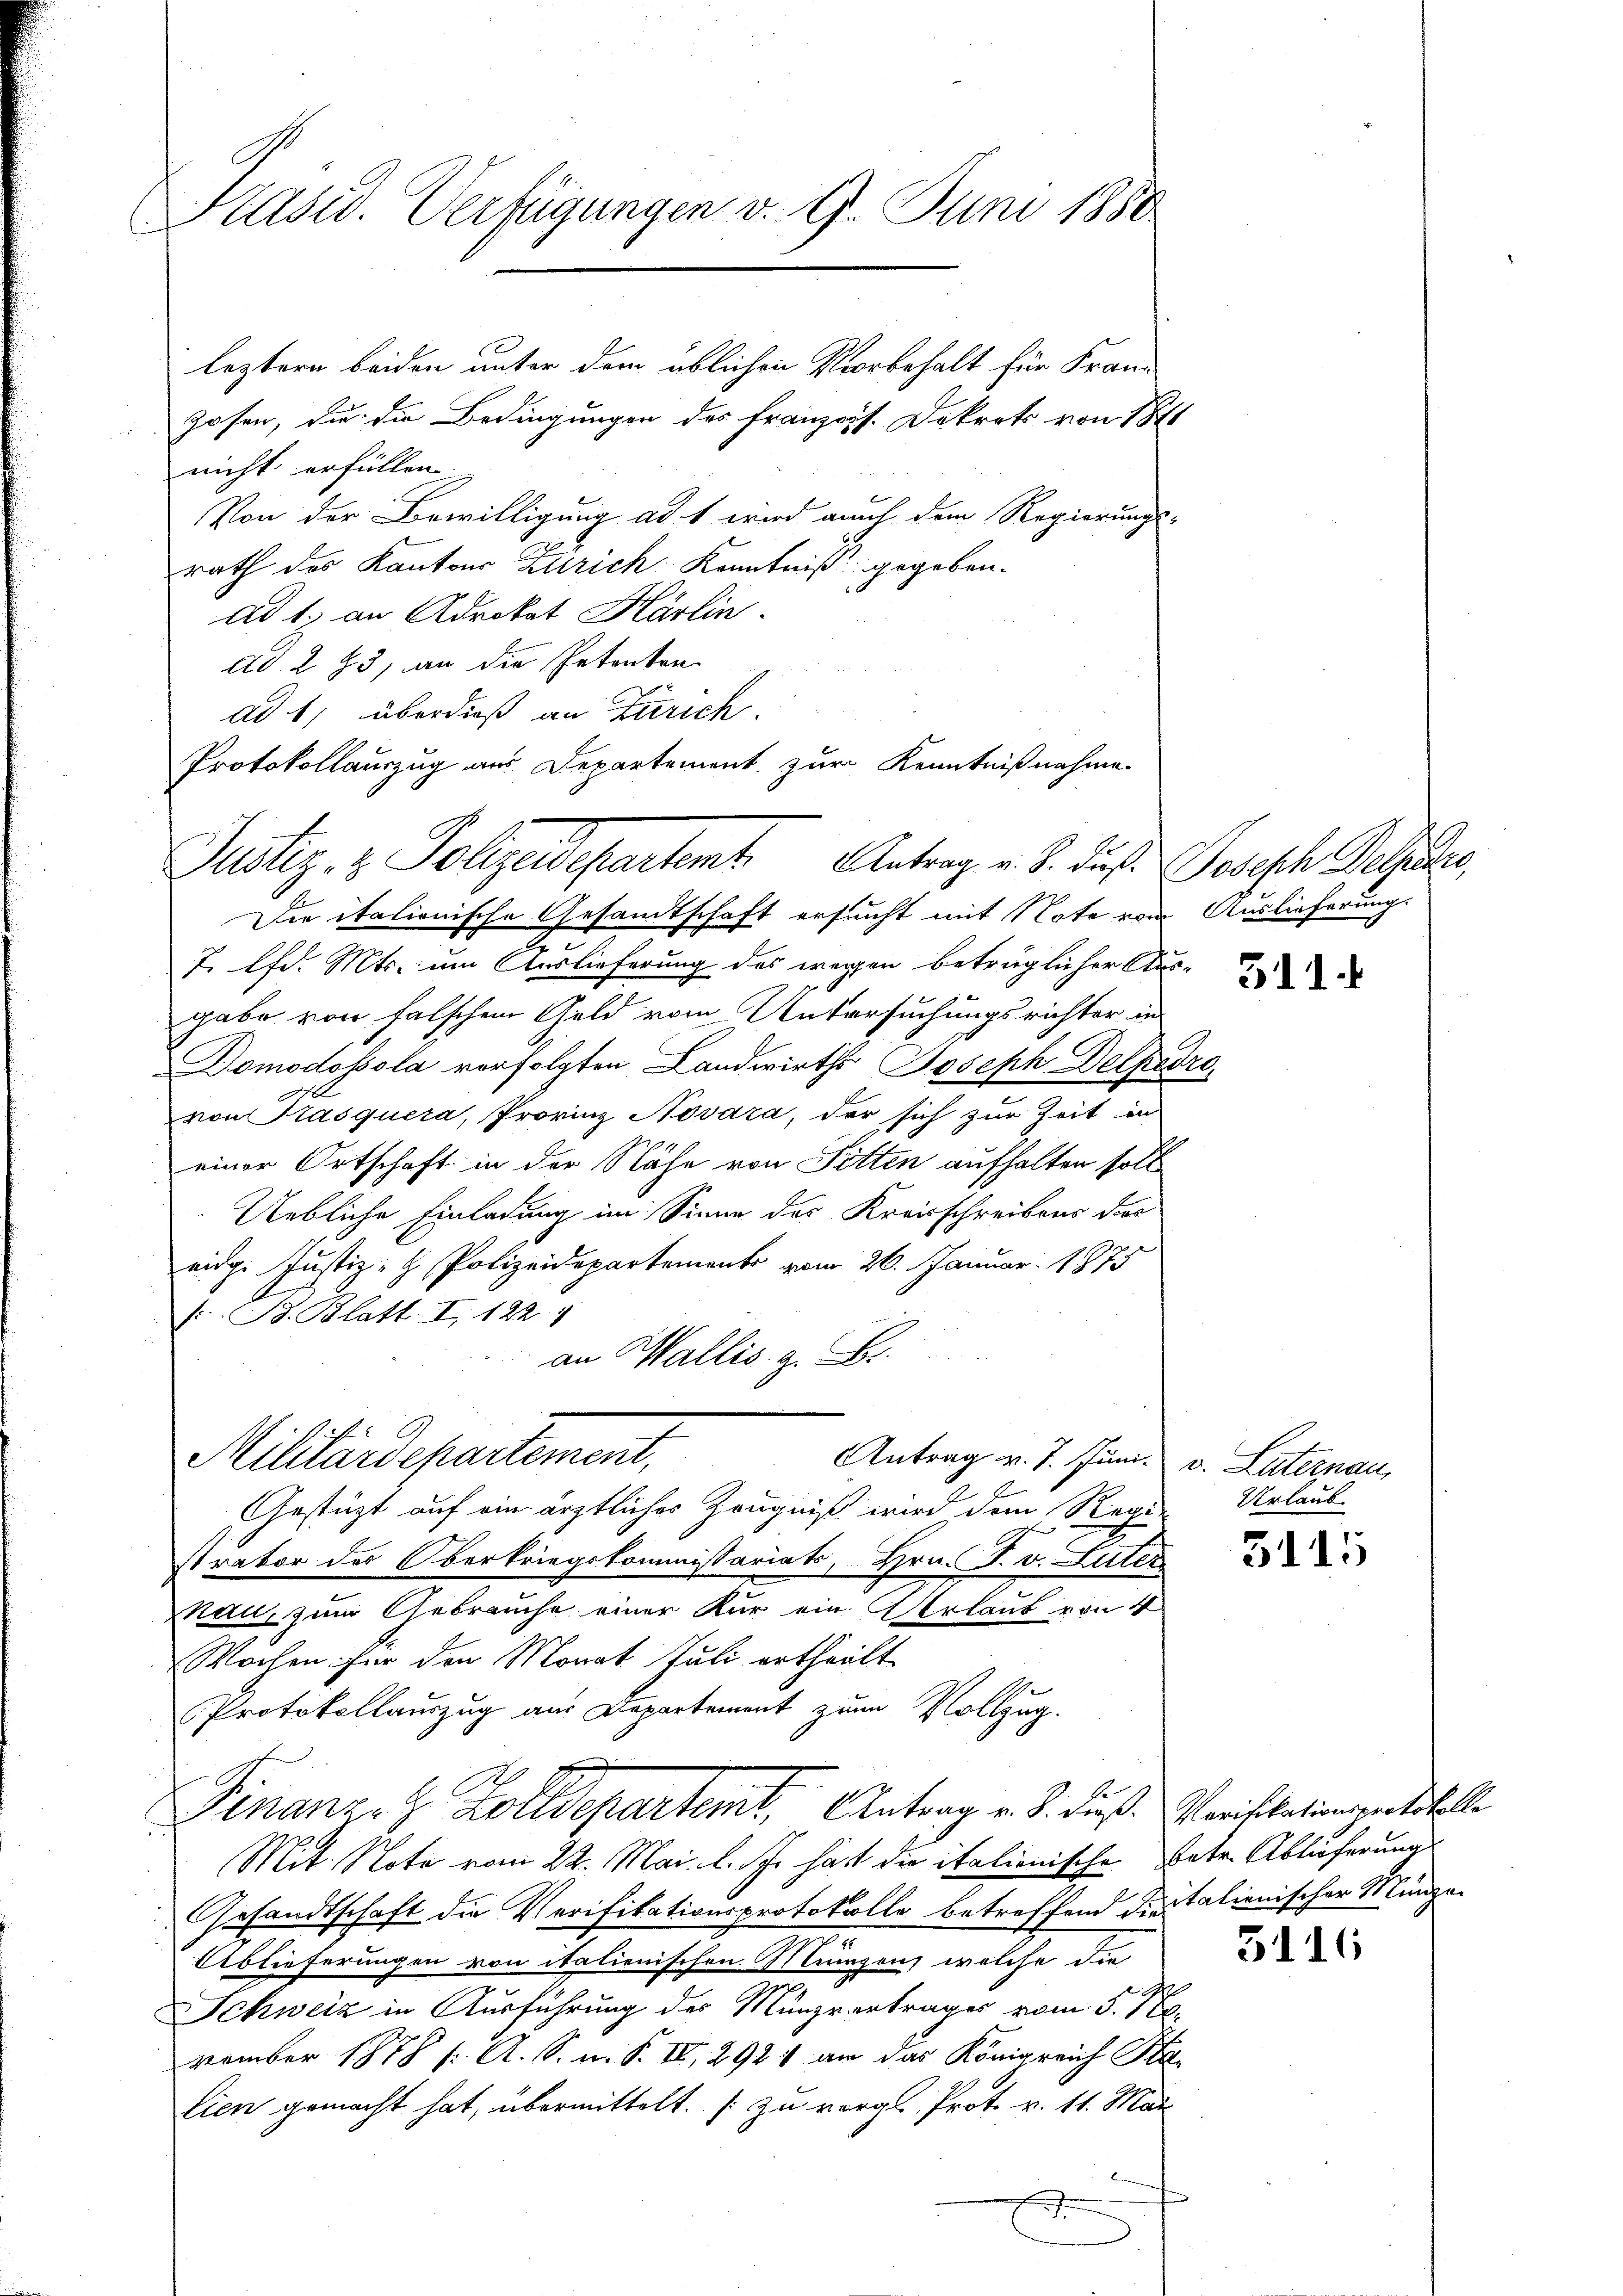
Präsid. Verfügungen v. 9. Juni 1850

leztern beiden unter dem üblichen Vorbehalt für Franz
Zofen, die die Bedingungen des Französ. Dekret von 1871
nicht erfüllen.
Von der Bewilligung ad 1 wird auch dem Regierungs-
rath des Kantons Zürich Kenntniß gegeben.
ad 1. an Advokat Härlin.
dd. 283, an die Petenten
ad 1, überdieß an Zürich.
Protokollauszug aus Departement zur Kenntnißnahme.

Justiz- & Polizeidepartent Antrag v. J. daß Joseph Peter,

Militärdepartement.

Die italienische Gesandtschaft ersucht mit Note vom Auslieferung.
7. lfd. Mts. um Auslieferung des wegen betrüglicher Aus-
gabe von falschen Geld vom Untersuchungsrichter in
Domodossola verfolgten Landwirths Joseph Delpedro
von Trasquera, Provinz Novara, der sich zur Zeit in
einer Ortschaft in der Nähe von Sitten aufhalten soll
Uebliche Einladung im Sinne des Kreisschreibens des
eige Justiz- & Polizeidepartement vom 26. Januar 1875
s.-B. Blatt I 1229
an Wallis. z. B.
Antrag v. 7. Juni v. Luternau,
Gestützt auf ein ärztliches Zeugniß wird dem Regen Urlaub-
strator des Oberkriegskommissariats, Hrn. F. v. Luter
kau, zum Gebrauche einer Kur ein Verlaub von 4
Wochen für den Monat Juli ertheilt
Protokollauszug aus Departement zum Vollzug.
Finanze & Zolldepartemt, Antrag v. J. dieß Vorstatiengestelle
Mit. Note vom 22. Mai l. Js. hatt die italionische Patr. Ablieferung
Gesandtschaft die Verifikationsprotokolle betreffend die talienischer Münze¬
Ablieferungen von italienischen Mengen, welche die
Schweiz in Ausführung des Münzrertrages vom 5. No.
vember 1878 s. A. S. m. S. II, 2921 an das Königreich Sta-
lien gemacht hat, übermittelt. (zu vergl. Prot. v. 11. Mai

311 f

3115

5116